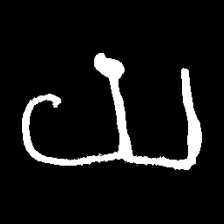
Pyu character \u2014 Myanmar letter: ယ (romanized: ya)